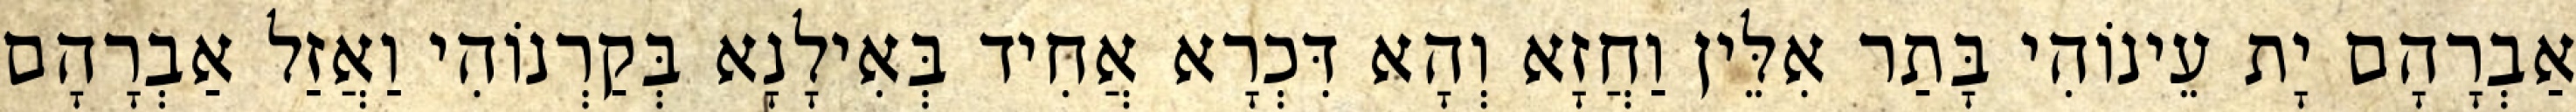
אַבְרָהָם יָת עֵינוֹהִי בָּתַר אִלֵּין וַחֲזָא וְהָא דִּכְרָא אֲחִיד בְּאִילָנָא בְּקַרְנוֹהִי וַאֲזַל אַבְרָהָם